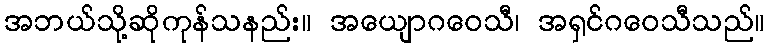
အဘယ်သို့ဆိုကုန်သနည်း။ အယျောဂဝေသီ၊ အရှင်ဂဝေသီသည်။